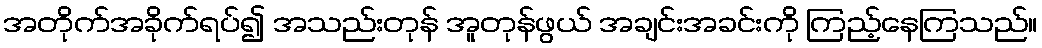
အတိုက်အခိုက်ရပ်၍ အသည်းတုန် အူတုန်ဖွယ် အချင်းအခင်းကို ကြည့်နေကြသည်။